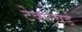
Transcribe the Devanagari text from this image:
टेक्सचर्ड